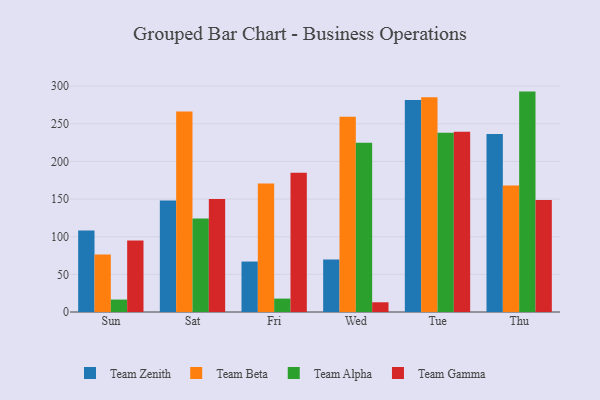
{"axis": {"x": "Day", "y": "Conversion Rate (%)"}, "legend": ["Team Alpha", "Team Beta", "Team Gamma", "Team Zenith"], "data": [{"x": "Sun", "y": 108.3, "type": "Team Zenith"}, {"x": "Sun", "y": 76.5, "type": "Team Beta"}, {"x": "Sun", "y": 16.5, "type": "Team Alpha"}, {"x": "Sun", "y": 94.8, "type": "Team Gamma"}, {"x": "Sat", "y": 148.0, "type": "Team Zenith"}, {"x": "Sat", "y": 266.4, "type": "Team Beta"}, {"x": "Sat", "y": 124.1, "type": "Team Alpha"}, {"x": "Sat", "y": 150.2, "type": "Team Gamma"}, {"x": "Fri", "y": 67.0, "type": "Team Zenith"}, {"x": "Fri", "y": 170.8, "type": "Team Beta"}, {"x": "Fri", "y": 17.8, "type": "Team Alpha"}, {"x": "Fri", "y": 184.9, "type": "Team Gamma"}, {"x": "Wed", "y": 69.8, "type": "Team Zenith"}, {"x": "Wed", "y": 259.4, "type": "Team Beta"}, {"x": "Wed", "y": 224.9, "type": "Team Alpha"}, {"x": "Wed", "y": 12.9, "type": "Team Gamma"}, {"x": "Tue", "y": 281.5, "type": "Team Zenith"}, {"x": "Tue", "y": 285.3, "type": "Team Beta"}, {"x": "Tue", "y": 238.2, "type": "Team Alpha"}, {"x": "Tue", "y": 239.3, "type": "Team Gamma"}, {"x": "Thu", "y": 236.3, "type": "Team Zenith"}, {"x": "Thu", "y": 168.0, "type": "Team Beta"}, {"x": "Thu", "y": 292.7, "type": "Team Alpha"}, {"x": "Thu", "y": 148.9, "type": "Team Gamma"}]}